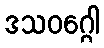
ဒသဝဂ္ဂေါ